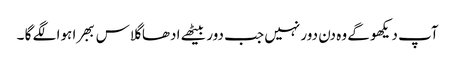
آپ دیکھو گے وہ دن دور نہیں جب دور بیٹھے ادھا گلاس ببھرا ہوا لگے گا ۔